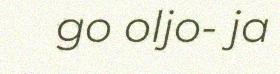
go oljo- ja